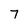
Character: 7